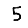
Digit: 5